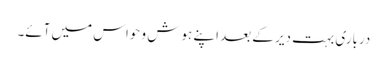
درباری بہت دیر کے بعد اپنے ہوش و حواس میں آئے۔